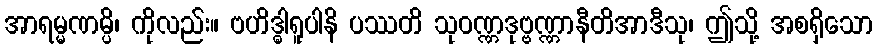
အာရမ္မဏမ္ပိ၊ ကိုလည်း။ ဗဟိဒ္ဓါရူပါနိ ပဿတိ သုဝဏ္ဏဒုဗ္ဗဏ္ဏာနီတိအာဒီသု၊ ဤသို့ အစရှိသော